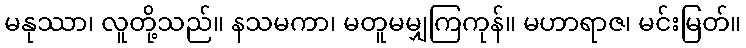
မနုဿာ၊ လူတို့သည်။ နသမကာ၊ မတူမမျှကြကုန်။ မဟာရာဇ၊ မင်းမြတ်။